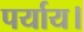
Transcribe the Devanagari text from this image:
पर्याय।